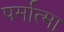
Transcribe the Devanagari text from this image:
पर्मात्मा